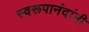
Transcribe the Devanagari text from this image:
स्वरूपानंदांनी